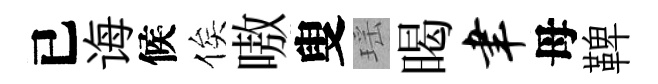
已诲候俟嗷叟瑶暍聿母鞞